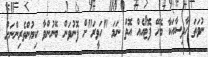
ނުވަތަ ހާދިސާއަކާ ބެހޭ ފޮޓޯއެއް އޮތް ނަމަ "ހަވީރަ"ށް ފޮނުވަން ބޭނުންވާ ކިޔުންތެރިންނަށް